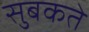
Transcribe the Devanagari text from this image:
सुबकते